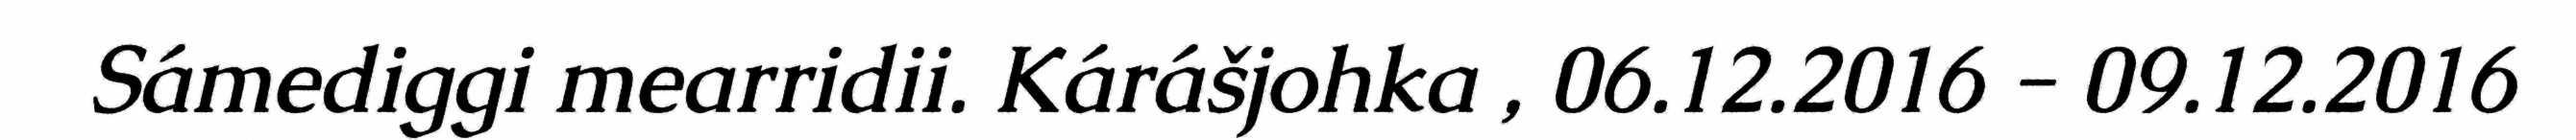
Sámediggi mearridii. Kárášjohka , 06.12.2016 - 09.12.2016